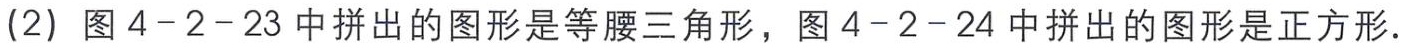
(2) 图 4-2-23 中拼出的图形是等腰三角形，图 4-2-24 中拼出的图形是正方形.